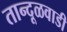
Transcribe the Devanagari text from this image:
तान्दूळवाडी